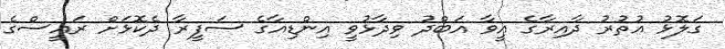
ގަލޮޅު އުތުރު ދާއިރާގެ އީވާ އަބްދު ވިދާޅުވީ އިންޑިއާގެ ސަފީރާ ދެކޮޅަށް ރައީސްގެ